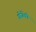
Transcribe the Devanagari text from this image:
गोजेंको